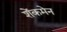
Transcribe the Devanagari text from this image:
शेंकमेन